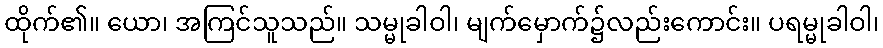
ထိုက်၏။ ယော၊ အကြင်သူသည်။ သမ္မုခါဝါ၊ မျက်မှောက်၌လည်းကောင်း။ ပရမ္မုခါဝါ၊